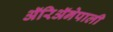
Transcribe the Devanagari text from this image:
ॲरिॲनेपाली